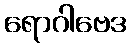
ရောဂါဗေဒ